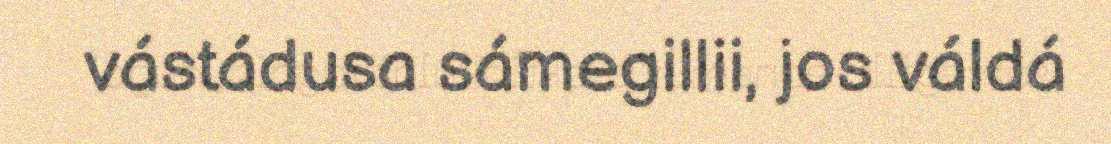
vástádusa sámegillii, jos váldá